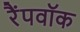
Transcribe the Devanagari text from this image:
रैंपवॉक